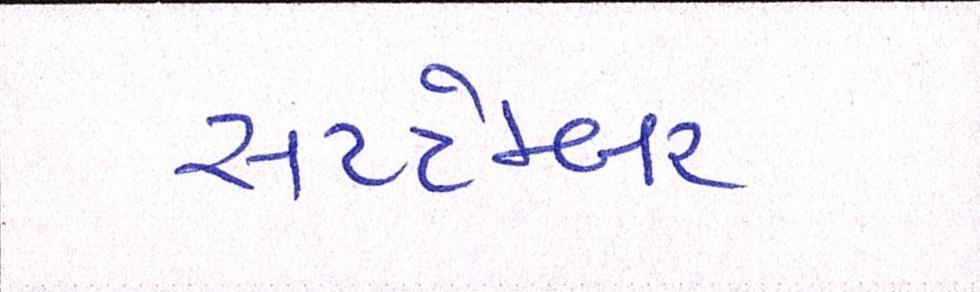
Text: સપ્ટેમ્બર